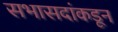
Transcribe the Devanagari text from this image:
सभासदांकडून